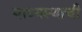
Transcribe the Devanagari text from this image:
माध्यस्थाची